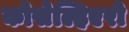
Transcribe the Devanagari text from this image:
कोसेल्हिएरो